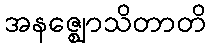
အနဇ္ဈောသိတာတိ